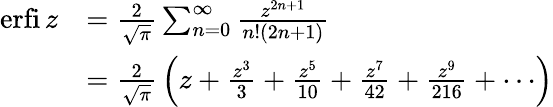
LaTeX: {\begin{array}{rl}{\operatorname{erfi}z}&{={\frac{2}{\sqrt{\pi}}}\sum_{n=0}^{\infty}{\frac{z^{2n+1}}{n!(2n+1)}}}\\ &{={\frac{2}{\sqrt{\pi}}}\left(z+{\frac{z^{3}}{3}}+{\frac{z^{5}}{10}}+{\frac{z^{7}}{42}}+{\frac{z^{9}}{216}}+\cdots\right)}\end{array}}